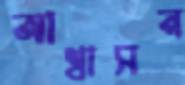
আশ্বাসন